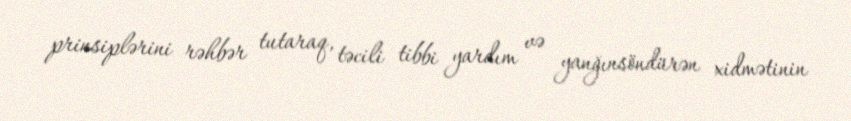
prinsiplərini rəhbər tutaraq, təcili tibbi yardım və yanğınsöndürən xidmətinin